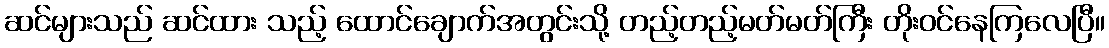
ဆင်များသည် ဆင်ထား သည့် ထောင်ချောက်အတွင်းသို့ တည့်တည့်မတ်မတ်ကြီး တိုးဝင်နေကြလေပြီ။